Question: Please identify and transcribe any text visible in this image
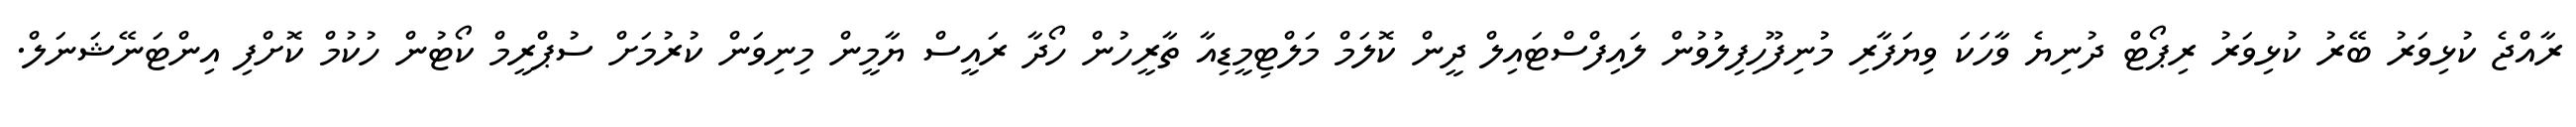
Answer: ރާއްޖެ ކުޅިވަރު ބޭރު ކުޅިވަރު ރިޕޯޓް ދުނިޔެ ވާހަކަ ވިޔަފާރި މުނިފޫހިފިލުވުން ލައިފްސްޓައިލް ދީން ކޮލަމް މަލްޓިމީޑިއާ ތާރީހުން ހޯދާ ރައީސް ޔާމީން މިނިވަން ކުރުމަށް ސުޕްރީމް ކޯޓުން ހުކުމް ކޮށްފި އިންޓަނޭޝަނަލް.